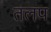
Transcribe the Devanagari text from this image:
तलप